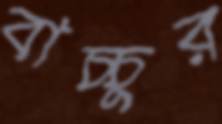
বাচ্চুর